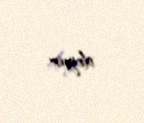
deyir.